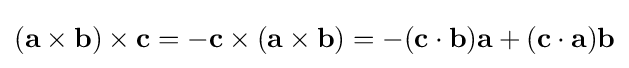
(\mathbf {a} \times \mathbf {b} )\times \mathbf {c} =-\mathbf {c} \times (\mathbf {a} \times \mathbf {b} )=-(\mathbf {c} \cdot \mathbf {b} )\mathbf {a} +(\mathbf {c} \cdot \mathbf {a} )\mathbf {b}